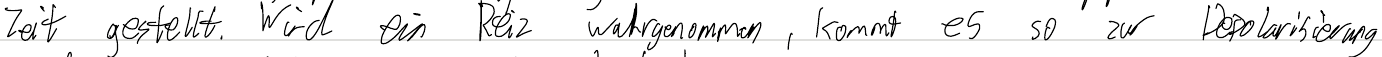
Zeit gestellt. Wird ein Reiz wahrgenommen, kommt es so zur Depolarisierung